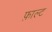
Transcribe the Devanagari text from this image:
फ़ाल्ट